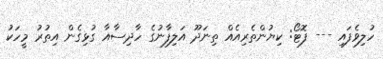
ހުލިވެފައި --- ފޮޓޯ: ކިޔުންތެރިއެއް ތިނަދޫ އަލިފާނުގެ ހާދިސާއާ ގުޅިގެން އިތުރު މީހަކު